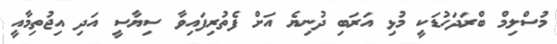
މުސްލިމް ބްރަދަހުޑަކީ މުޅި އަރަބި ދުނިޔެ އަށް ފެތުރިފައިވާ ސިޔާސީ އަދި އިޖުތިމާއީ